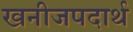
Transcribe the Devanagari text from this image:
खनीजपदार्थ